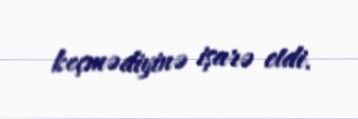
keçmədiyinə işarə etdi.